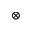
\otimes